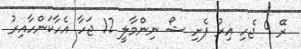
ރޭ 9 ޖެހި އިރު ފެށި ޝޯ ނިންމާލީ 12 ޖަހާ އެހާކަންހާއިރު